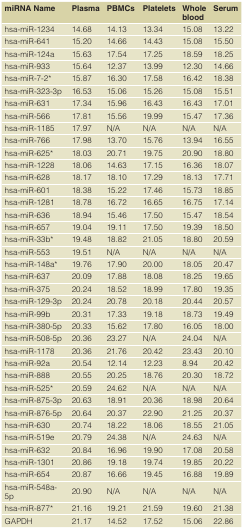
<table><thead><tr><td><b>miRNA Name</b></td><td><b>Plasma</b></td><td><b>PBMCs</b></td><td><b>Platelets</b></td><td><b>Whole Blood</b></td><td><b>Serum</b></td></tr></thead><tbody><tr><td>hsa-miR-1234</td><td>14.68</td><td>14.13</td><td>13.34</td><td>15.08</td><td>13.22</td></tr><tr><td>hsa-miR-641</td><td>15.20</td><td>14.66</td><td>14.43</td><td>15.08</td><td>15.50</td></tr><tr><td>hsa-miR-124a</td><td>15.63</td><td>17.54</td><td>17.25</td><td>18.59</td><td>18.25</td></tr><tr><td>hsa-miR-933</td><td>15.64</td><td>12.37</td><td>13.99</td><td>12.30</td><td>14.66</td></tr><tr><td>hsa-miR-7-2*</td><td>15.87</td><td>16.30</td><td>17.58</td><td>16.42</td><td>18.38</td></tr><tr><td>hsa-miR-323-3p</td><td>16.53</td><td>15.06</td><td>15.26</td><td>15.08</td><td>15.51</td></tr><tr><td>hsa-miR-631</td><td>17.34</td><td>15.96</td><td>16.43</td><td>16.43</td><td>17.01</td></tr><tr><td>hsa-miR-566</td><td>17.81</td><td>15.56</td><td>19.99</td><td>15.47</td><td>17.36</td></tr><tr><td>hsa-miR-1185</td><td>17.97</td><td>N/A</td><td>N/A</td><td>N/A</td><td>N/A</td></tr><tr><td>hsa-miR-766</td><td>17.98</td><td>13.70</td><td>15.76</td><td>13.94</td><td>16.55</td></tr><tr><td>hsa-miR-625*</td><td>18.03</td><td>20.71</td><td>19.75</td><td>20.90</td><td>18.80</td></tr><tr><td>hsa-miR-1228</td><td>18.06</td><td>14.63</td><td>17.15</td><td>16.36</td><td>18.07</td></tr><tr><td>hsa-miR-628</td><td>18.17</td><td>18.10</td><td>17.29</td><td>18.13</td><td>17.71</td></tr><tr><td>hsa-miR-601</td><td>18.38</td><td>15.22</td><td>17.46</td><td>15.73</td><td>18.85</td></tr><tr><td>hsa-miR-1281</td><td>18.78</td><td>16.72</td><td>16.65</td><td>16.75</td><td>17.14</td></tr><tr><td>hsa-miR-636</td><td>18.94</td><td>15.46</td><td>17.50</td><td>15.47</td><td>18.54</td></tr><tr><td>hsa-miR-657</td><td>19.04</td><td>19.11</td><td>17.50</td><td>19.39</td><td>18.50</td></tr><tr><td>hsa-miR-33b*</td><td>19.48</td><td>18.82</td><td>21.05</td><td>18.80</td><td>20.59</td></tr><tr><td>hsa-miR-553</td><td>19.51</td><td>N/A</td><td>N/A</td><td>N/A</td><td>N/A</td></tr><tr><td>hsa-miR-148a*</td><td>19.76</td><td>17.90</td><td>20.00</td><td>18.05</td><td>20.47</td></tr><tr><td>hsa-miR-637</td><td>20.09</td><td>17.88</td><td>18.08</td><td>18.25</td><td>19.65</td></tr><tr><td>hsa-miR-375</td><td>20.24</td><td>18.52</td><td>18.99</td><td>17.80</td><td>19.35</td></tr><tr><td>hsa-miR-129-3p</td><td>20.24</td><td>20.78</td><td>20.18</td><td>20.44</td><td>20.57</td></tr><tr><td>hsa-miR-99b</td><td>20.31</td><td>17.33</td><td>19.18</td><td>18.73</td><td>19.49</td></tr><tr><td>hsa-miR-380-5p</td><td>20.33</td><td>15.62</td><td>17.80</td><td>16.05</td><td>18.00</td></tr><tr><td>hsa-miR-508-5p</td><td>20.36</td><td>23.27</td><td>N/A</td><td>24.04</td><td>N/A</td></tr><tr><td>hsa-miR-1178</td><td>20.36</td><td>21.76</td><td>20.42</td><td>23.43</td><td>20.10</td></tr><tr><td>hsa-miR-92a</td><td>20.54</td><td>12.14</td><td>12.23</td><td>8.94</td><td>20.42</td></tr><tr><td>hsa-miR-888</td><td>20.55</td><td>20.25</td><td>18.76</td><td>20.30</td><td>18.72</td></tr><tr><td>hsa-miR-525*</td><td>20.59</td><td>24.62</td><td>N/A</td><td>N/A</td><td>N/A</td></tr><tr><td>hsa-miR-875-3p</td><td>20.63</td><td>18.91</td><td>20.36</td><td>18.98</td><td>20.64</td></tr><tr><td>hsa-miR-876-5p</td><td>20.64</td><td>20.37</td><td>22.90</td><td>21.25</td><td>20.37</td></tr><tr><td>hsa-miR-630</td><td>20.74</td><td>18.22</td><td>18.06</td><td>18.55</td><td>21.05</td></tr><tr><td>hsa-miR-519e</td><td>20.79</td><td>24.38</td><td>N/A</td><td>24.63</td><td>N/A</td></tr><tr><td>hsa-miR-632</td><td>20.84</td><td>16.96</td><td>19.90</td><td>17.08</td><td>20.58</td></tr><tr><td>hsa-miR-1301</td><td>20.86</td><td>19.18</td><td>19.74</td><td>19.85</td><td>20.22</td></tr><tr><td>hsa-miR-654</td><td>20.87</td><td>16.66</td><td>19.45</td><td>16.88</td><td>19.89</td></tr><tr><td>hsa-miR-548a-5p</td><td>20.90</td><td>N/A</td><td>N/A</td><td>N/A</td><td>N/A</td></tr><tr><td>hsa-miR-877*</td><td>21.16</td><td>19.21</td><td>21.59</td><td>19.60</td><td>21.38</td></tr><tr><td>GAPDH</td><td>21.17</td><td>14.52</td><td>17.52</td><td>15.06</td><td>22.86</td></tr></tbody></table>